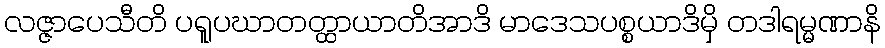
လဇ္ဇာပေသီတိ ပရူပဃာတတ္ထာယာတိအာဒိ မာဒေသပစ္စယာဒိမှိ တဒါရမ္မဏာနိ